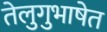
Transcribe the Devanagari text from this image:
तेलुगुभाषेत